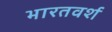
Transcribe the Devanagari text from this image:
भारतवर्श